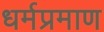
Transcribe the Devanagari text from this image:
धर्मप्रमाण